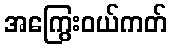
အကြွေးဝယ်ကတ်